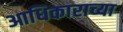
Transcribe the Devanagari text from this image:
आधिकाराच्या